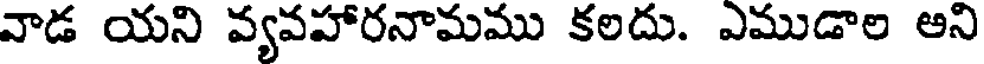
వాడ యని వ్యవహారనామము కలదు. ఎముడాల అని